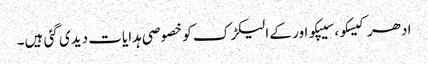
ادھر کیسکو، سیپکو اور کے الیکڑک کو خصوصی ہدایات دیدی گئی ہیں۔